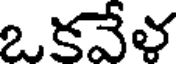
ఒకవేళ